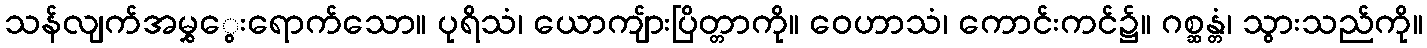
သန်လျက်အမွှွေးရောက်သော။ ပုရိသံ၊ ယောကျ်ားပြိတ္တာကို။ ဝေဟာသံ၊ ကောင်းကင်၌။ ဂစ္ဆန္တံ၊ သွားသည်ကို။